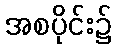
အစပိုင်း၌